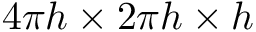
4 \pi h \times 2 \pi h \times h